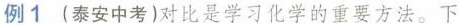
例1(泰安中考)对比是学习化学的重要方法。下